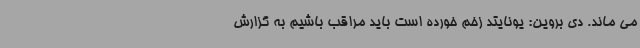
می ماند. دی بروین: یونایتد زخم خورده است باید مراقب باشیم به گزارش